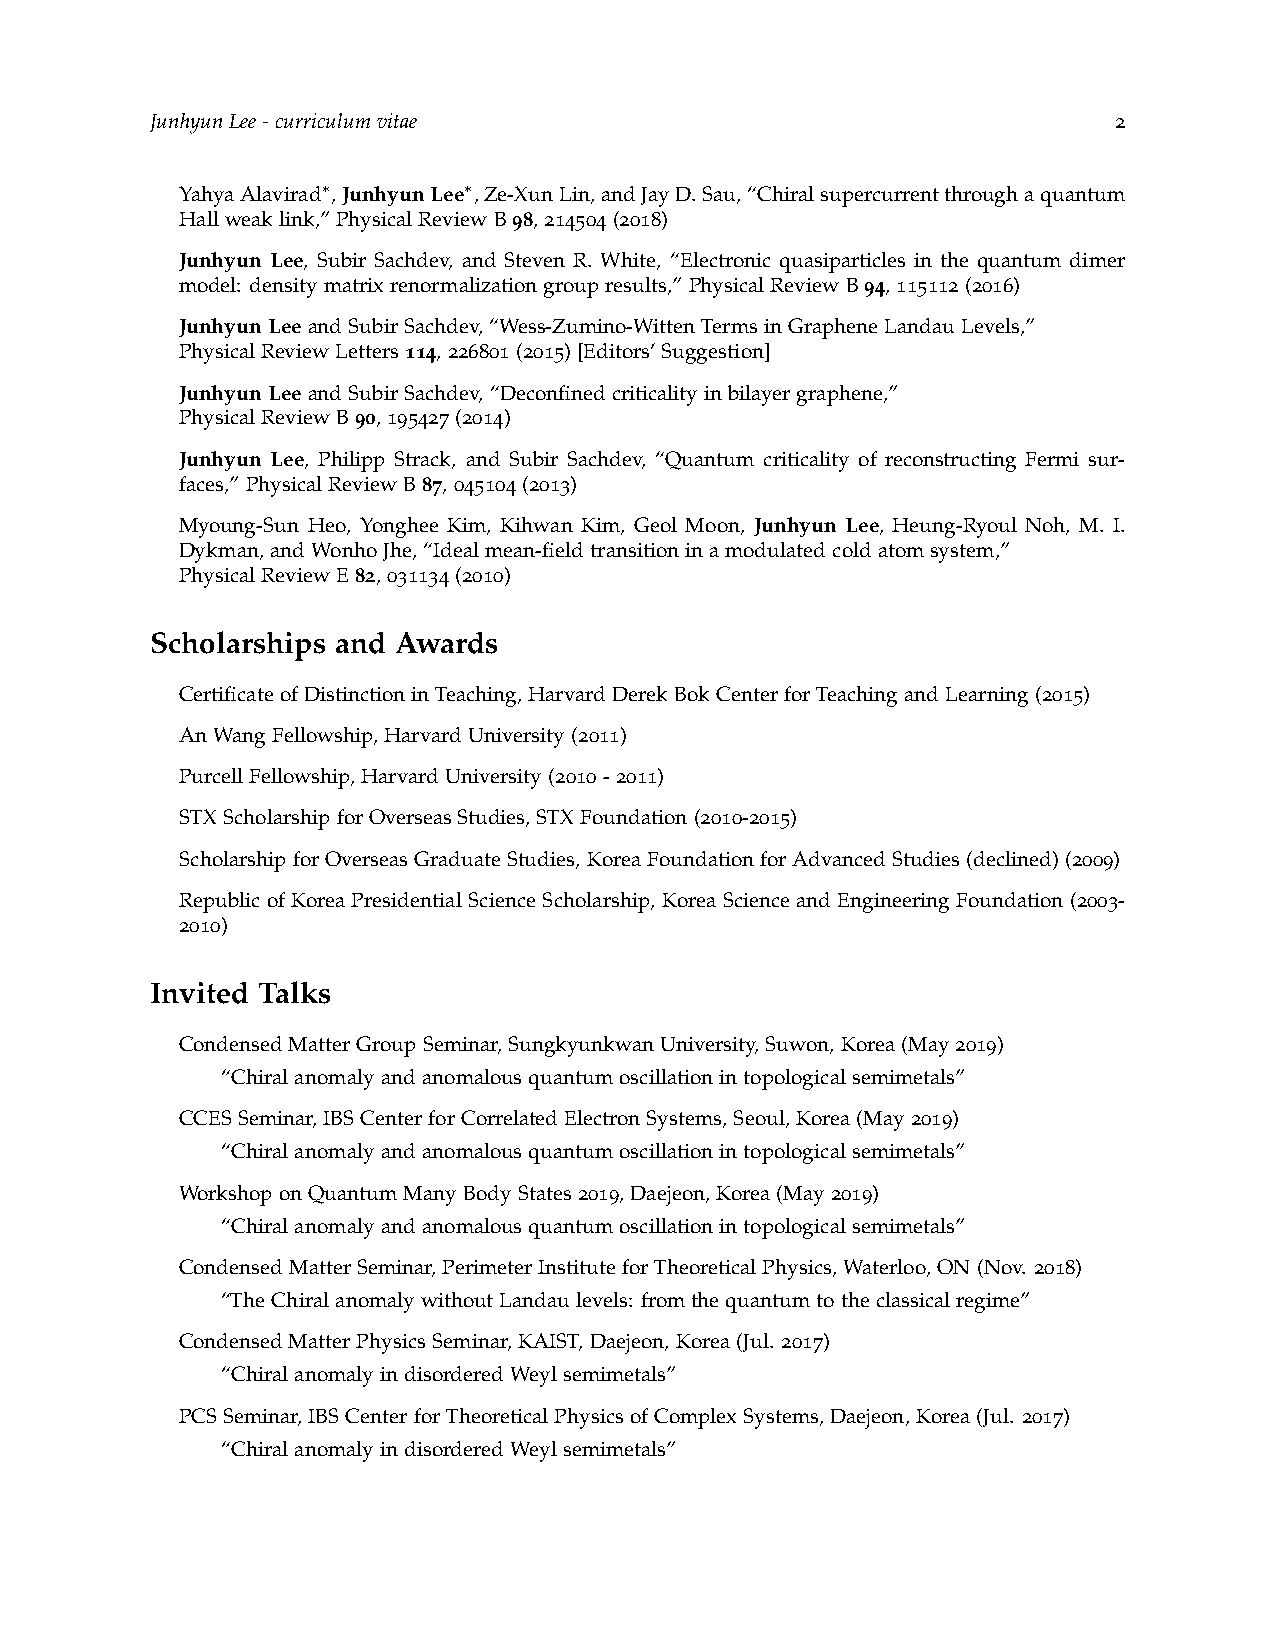
JunhyunLee-curriculumvitae                                      2
 YahyaAlavirad∗,JunhyunLee∗,Ze-XunLin,andJayD.Sau,“Chiralsupercurrentthroughaquantum
 Hallweaklink,”PhysicalReviewB98,214504(2018)
 Junhyun Lee, Subir Sachdev, and Steven R. White, “Electronic quasiparticles in the quantum dimer
 model: densitymatrixrenormalizationgroupresults,”PhysicalReviewB94,115112(2016)
 JunhyunLeeandSubirSachdev,“Wess-Zumino-WittenTermsinGrapheneLandauLevels,”
 PhysicalReviewLetters114,226801(2015)[Editors’Suggestion]
 JunhyunLeeandSubirSachdev,“Deconfinedcriticalityinbilayergraphene,”
 PhysicalReviewB90,195427(2014)
 Junhyun Lee, Philipp Strack, and Subir Sachdev, “Quantum criticality of reconstructing Fermi sur-
 faces,”PhysicalReviewB87,045104(2013)
 Myoung-Sun Heo, Yonghee Kim, Kihwan Kim, Geol Moon, Junhyun Lee, Heung-Ryoul Noh, M. I.
 Dykman,andWonhoJhe,“Idealmean-fieldtransitioninamodulatedcoldatomsystem,”
 PhysicalReviewE82,031134(2010)
 Scholarships and Awards
 CertificateofDistinctioninTeaching,HarvardDerekBokCenterforTeachingandLearning(2015)
 AnWangFellowship,HarvardUniversity(2011)
 PurcellFellowship,HarvardUniversity(2010-2011)
 STXScholarshipforOverseasStudies,STXFoundation(2010-2015)
 ScholarshipforOverseasGraduateStudies,KoreaFoundationforAdvancedStudies(declined)(2009)
 Republicof KoreaPresidentialScienceScholarship, Korea ScienceandEngineeringFoundation (2003-
 2010)
 Invited Talks
 CondensedMatterGroupSeminar,SungkyunkwanUniversity,Suwon,Korea(May2019)
 “Chiralanomalyandanomalousquantumoscillationintopologicalsemimetals”
 CCESSeminar,IBSCenterforCorrelatedElectronSystems,Seoul,Korea(May2019)
 “Chiralanomalyandanomalousquantumoscillationintopologicalsemimetals”
 WorkshoponQuantumManyBodyStates2019,Daejeon,Korea(May2019)
 “Chiralanomalyandanomalousquantumoscillationintopologicalsemimetals”
 CondensedMatterSeminar,PerimeterInstituteforTheoreticalPhysics,Waterloo,ON(Nov. 2018)
 “TheChiralanomalywithoutLandaulevels: fromthequantumtotheclassicalregime”
 CondensedMatterPhysicsSeminar,KAIST,Daejeon,Korea(Jul. 2017)
 “ChiralanomalyindisorderedWeylsemimetals”
 PCSSeminar,IBSCenterforTheoreticalPhysicsofComplexSystems,Daejeon,Korea(Jul. 2017)
 “ChiralanomalyindisorderedWeylsemimetals”